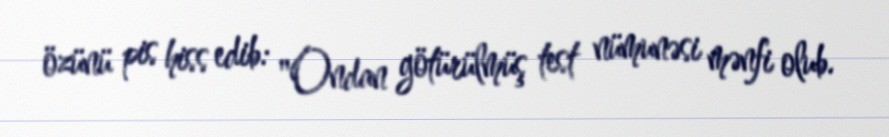
özünü pis hiss edib: "Ondan götürülmüş test nümunəsi mənfi olub.